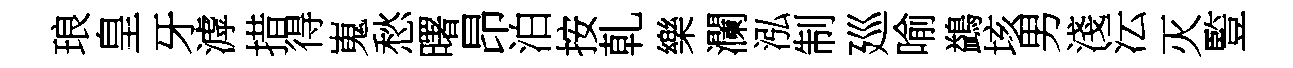
琅皇牙滹措得嵬愁曙昂泊按乹樂瀾泓制廵喻鷁垓男淺沄灭䜿